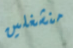
منشغلين